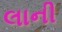
લાની